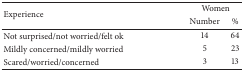
<table><thead><tr><td rowspan="2"><b>Experience</b></td><td colspan="2"><b>Women</b></td></tr><tr><td><b>Number</b></td><td><b>%</b></td></tr></thead><tbody><tr><td>Not surprised/not worried/felt ok</td><td>14 </td><td>64</td></tr><tr><td>Mildly concerned/mildly worried </td><td> 5 </td><td>23</td></tr><tr><td>Scared/worried/concerned</td><td> 3 </td><td>13</td></tr></tbody></table>